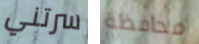
سرتني محافظة